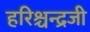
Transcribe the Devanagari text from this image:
हरिश्चन्द्रजी